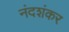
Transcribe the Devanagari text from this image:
नंदशंकर